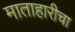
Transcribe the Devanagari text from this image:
माताहारीचा